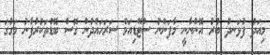
މިއަދު ފުޅަނދު ބުރު އޮންނާނީ މާފަންނު ސްޓޭޑިއަމް ސަރަހައްދުން ގޮސް ބޮޑުތަކުރުފާނު މަގުގަ